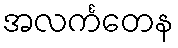
အလင်္ကတေန